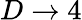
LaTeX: D\rightarrow 4